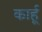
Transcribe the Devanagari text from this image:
कार्हू